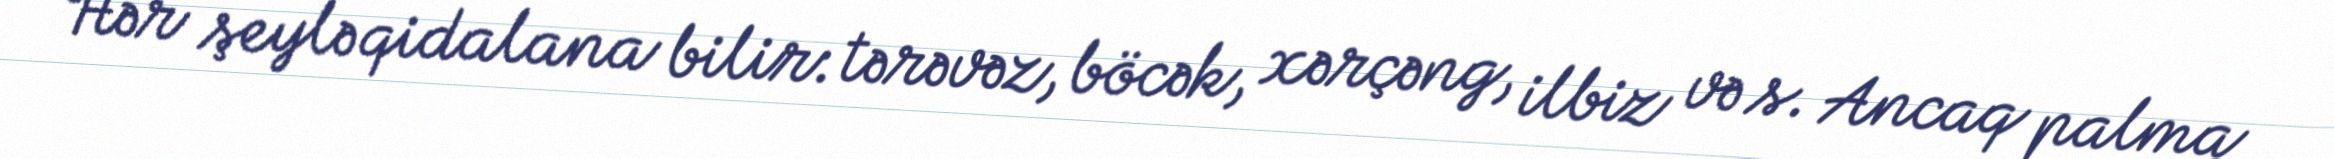
Hər şeylə qidalana bilir: tərəvəz, böcək, xərçəng, ilbiz və s. Ancaq palma